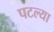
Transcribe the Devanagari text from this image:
पटल्या